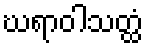
ဃရာဝါသတ္ထံ